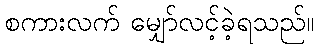
စကားလက် မျှော်လင့်ခဲ့ရသည်။